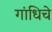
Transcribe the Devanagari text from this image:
गांधिचे